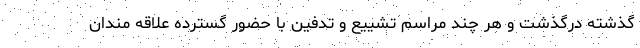
گذشته درگذشت و هر چند مراسم تشییع و تدفین با حضور گسترده علاقه مندان